Scottish Leaving Certificate Examination, 1959
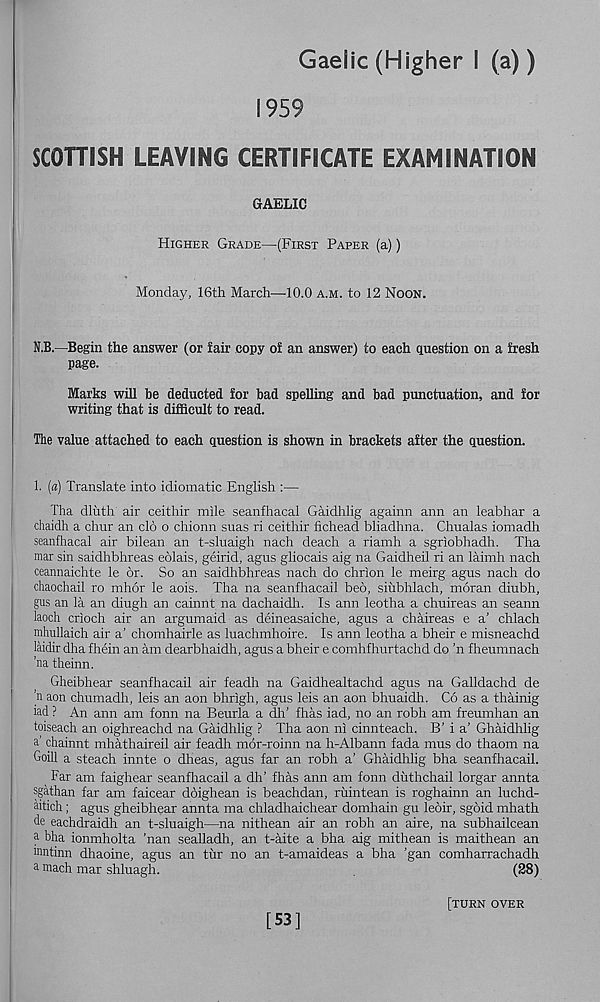
Gaelic (Higher I (a))
1959
SCOTTISH LEAVING CERTIFICATE EXAMINATION
GAELIC
Higher Grade—(First Paper (a))
Monday, 16th March—10.0 a.m. to 12 Noon.
N.B.—Begin the answer (or fair copy of an answer) to each question on a fresh
page.
Marks will be deducted for bad spelling and bad punctuation, and for
writing that is difficult to read.
The value attached to each question is shown in brackets after the question.
1. (a) Translate into idiomatic English :—
Tha dluth air ceithir mile seanfhacal Gaidhlig againn aim an leabhar a
chaidh a chur an clo o chionn suas ri ceithir fichead bliadhna. Chualas iomadh
seanfhacal air bilean an t-sluaigh nach deach a riamh a sgriobhadh. Tha
mar sin saidhbhreas eolais, geirid, agus gliocais aig na Gaidheil ri an laimh nach
ceannaichte le or. So an saidhbhreas nach do chrion le meirg agus nach do
chaochail ro mhor le aois. Tha na seanfhacail bed, siubhlach, moran diubh,
gus an la an dingh an cainnt na dachaidh. Is ann leotha a chuireas an seann
laoch crioch air an argumaid as deineasaiche, agus a chaireas e a’ chlach
mhullaich air a’ chomhairle as luachmhoire. Is ann leotha a bheir e misneachd
laidir dha fhein an am dearbhaidh, agus a bheir e comhfhurtachd do ’n fheumnach
’na theinn.
Gheibhear seanfhacail air feadh na Gaidhealtachd agus na Galldachd de
’n aon chumadh, leis an aon bhrigh, agus leis an aon bhuaidh. Co as a thainig
iad ? An ann am fonn na Beurla a dh' fhas iad, no an robh am freumhan an
toiseach an oighreachd na Gaidhlig ? Tha aon ni cinnteach. B’ i a’ Ghaidhlig
a’ chainnt mhathaireil air feadh mor-roinn na h-Albann fada mus do thaom na
Goill a steach innte o dheas, agus far an robh a’ Ghaidhlig bha seanfhacail.
Far am faighear seanfhacail a dh’ fhas ann am fonn duthchail lorgar annta
sgathan far am faicear ddighean is beachdan, ruintean is roghainn an luchd-
aitich; agus gheibhear annta ma chladhaichear domhain gu ledir, sgdid mhath
de eachdraidh an t-sluaigh—na nithean air an robh an aire, na subhailcean
a bha ionmholta ’nan sealladh, an t-aite a bha aig mithean is maithean an
mntinn dhaoine, agus an tur no an t-amaideas a bha ’gan comharrachadh
a mach mar shluagh.
(28)
[53]
[turn over